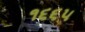
૧૬૬૫